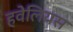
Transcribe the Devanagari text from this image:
हवेलियस